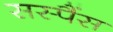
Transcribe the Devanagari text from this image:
सस्पैंस